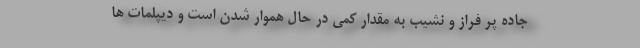
جاده پر فراز و نشیب به مقدار کمی در حال هموار شدن است و دیپلمات ها